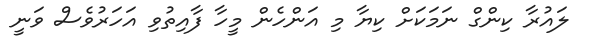
ލައުރާ ކިންގް ނަމަކަށް ކިޔާ މި އަންހެން މީހާ ފާއިތުވި އަހަރުވެސް ވަނީ